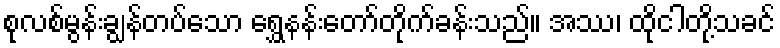
စုလစ်မွန်းချွန်တပ်သော ရွှေနန်းတော်တိုက်ခန်းသည်။ အဿ၊ ထိုငါတို့သခင်